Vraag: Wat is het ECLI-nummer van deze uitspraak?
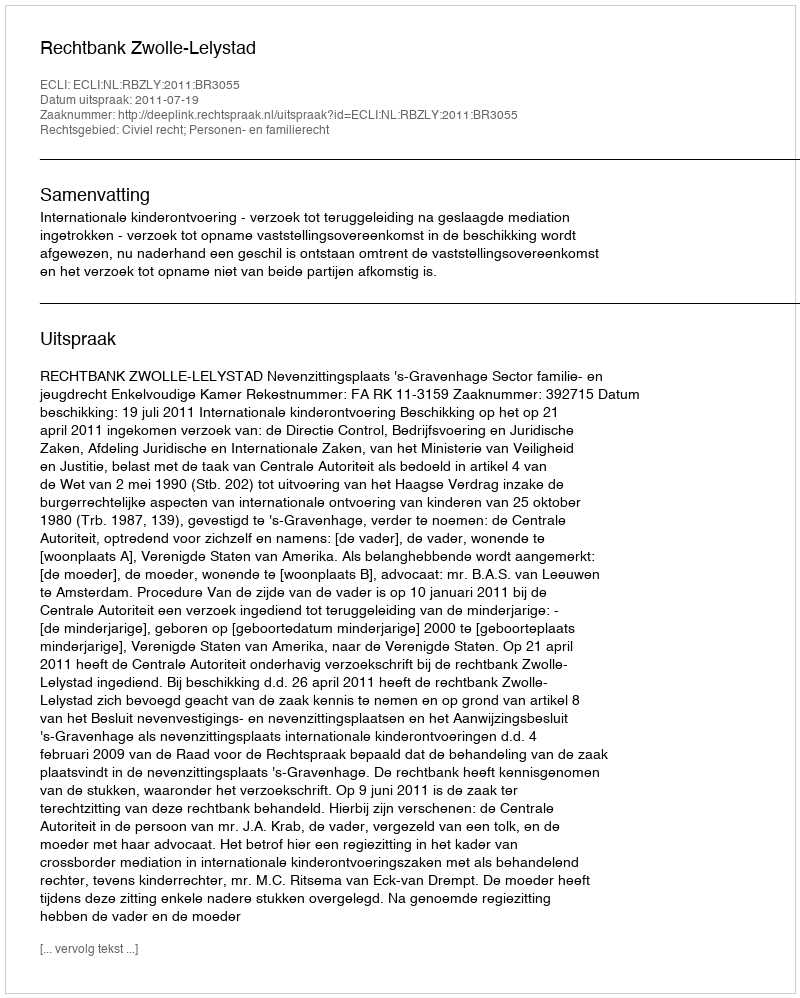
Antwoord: ECLI:NL:RBZLY:2011:BR3055